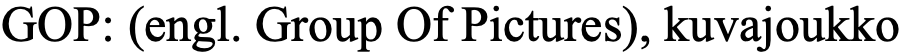
GOP: (engl. Group Of Pictures), kuvajoukko